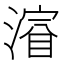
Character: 𣼂